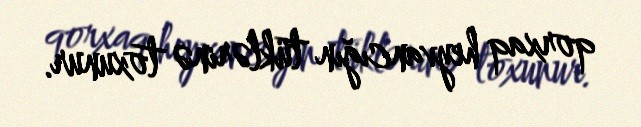
qorxaq heyvancığın tüklərinə toxunur.